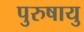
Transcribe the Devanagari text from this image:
पुरुषायु